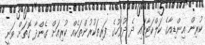
ކުރިން އިންޑިއާގެ ކަލްކަޓާގައި ދެ ދުވަހުގެ ފަރިތަކުރުންތަކެއް ކުރިއަށް ގެންދާ ގޮތަށް ވަނީ